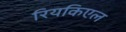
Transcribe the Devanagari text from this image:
रियकिएल